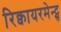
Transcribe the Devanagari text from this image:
रिक्वायरमेन्ट्स